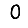
Digit: 0